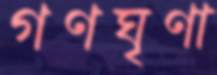
গণঘৃণা